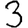
Digit: 3